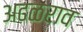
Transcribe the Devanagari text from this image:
अढळराव